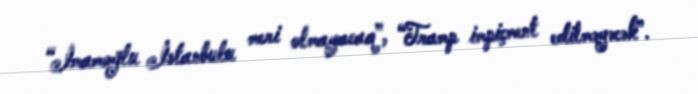
“İmamoğlu İstanbulu meri olmayacaq”, “Tramp impiçment edilməyəcək”.